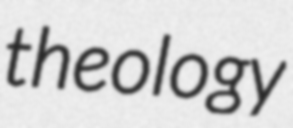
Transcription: theology